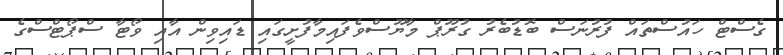
ގެސްޓް ހައުސްތައް ފުރުނަސް ބޮޑުބެރު ގުރޫޕް މާޔޫސްވެފައިމާފުށީގައި ޑައިވިން އާއި ވޯޓާ ސްޕޯޓްސްގެ